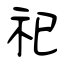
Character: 祀